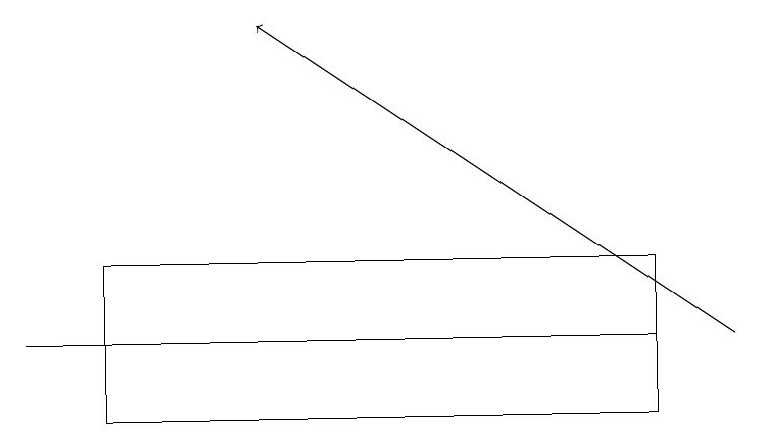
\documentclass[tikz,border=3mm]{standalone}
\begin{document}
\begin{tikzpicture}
\draw (5,15) rectangle (0,15);
\draw (8,14) rectangle (1,16);
\draw[->] (9,15) -- (3,19);
\draw (8,15) rectangle (1,14);
\draw (8,14) rectangle (1,16);
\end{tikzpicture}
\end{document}